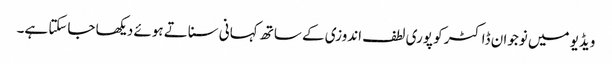
ویڈیو میں نوجوان ڈاکٹر کو پوری لطف اندوزی کے ساتھ کہانی سناتے ہوئے دیکھا جاسکتا ہے۔